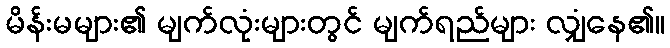
မိန်းမများ၏ မျက်လုံးများတွင် မျက်ရည်များ လျှံနေ၏။